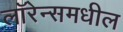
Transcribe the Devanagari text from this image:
लॉरेन्समधील